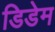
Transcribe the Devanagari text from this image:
डिडेम